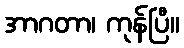
အာဂတာ၊ ကုန်ပြီ။